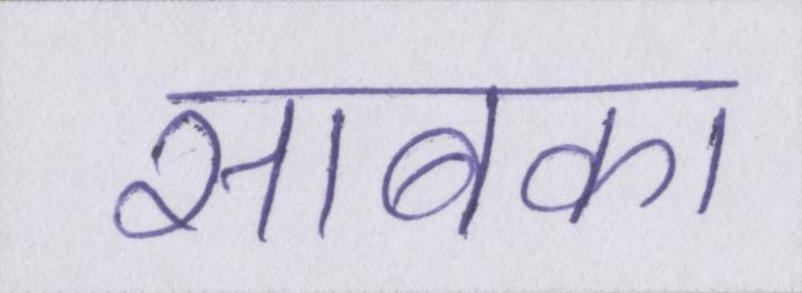
साबका